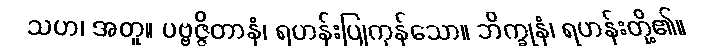
သဟ၊ အတူ။ ပဗ္ဗဇ္ဇိတာနံ၊ ရဟန်းပြုကုန်သော။ ဘိက္ခုနံ၊ ရဟန်းတို့၏။